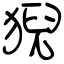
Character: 猊